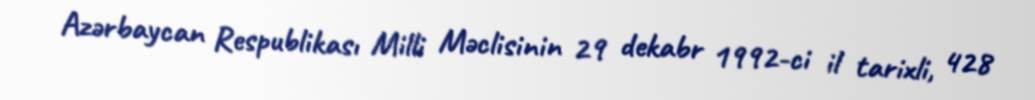
Azərbaycan Respublikası Milli Məclisinin 29 dekabr 1992-ci il tarixli, 428